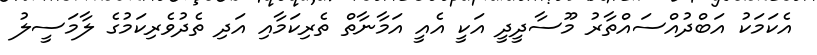
އެކަމަކު އަބްދުއްސައްތާރު މޫސާދީދީ އަކީ އެއީ އަމާނާތް ތެރިކަމާއި އަދި ތެދުވެރިކަމުގެ ލާމަސީލު